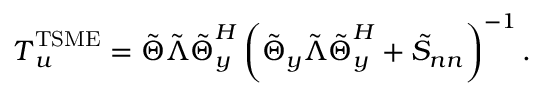
\boldsymbol { T } _ { \boldsymbol { u } } ^ { \mathrm { T S M E } } = \boldsymbol { \tilde { \Theta } } \boldsymbol { \tilde { \Lambda } } \boldsymbol { \tilde { \Theta } } _ { \boldsymbol { y } } ^ { H } \left( \boldsymbol { \tilde { \Theta } _ { y } } \boldsymbol { \tilde { \Lambda } } \boldsymbol { \tilde { \Theta } } _ { \boldsymbol { y } } ^ { H } + \boldsymbol { \tilde { S } _ { n n } } \right) ^ { - 1 } .